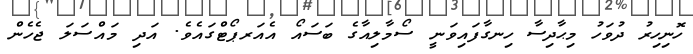
ހޮނިހިރު ދުވަހު މިޙާދިސާ ހިނގާފައިވަނީ ސޯމާލިއާގެ ބަސައޯ އެއަރޕޯޓްގައެވެ. އަދި މައްސަލަ ޖެހެން